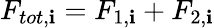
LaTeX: F_{tot,\mathbf{i}}=F_{1,\mathbf{i}}+F_{2,\mathbf{i}}